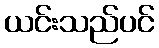
ယင်းသည်ပင်